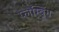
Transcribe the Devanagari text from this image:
प्लम्बिंग